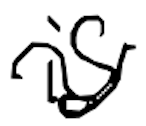
Text: is
Cross-out: wave
Writing tool: digital_black